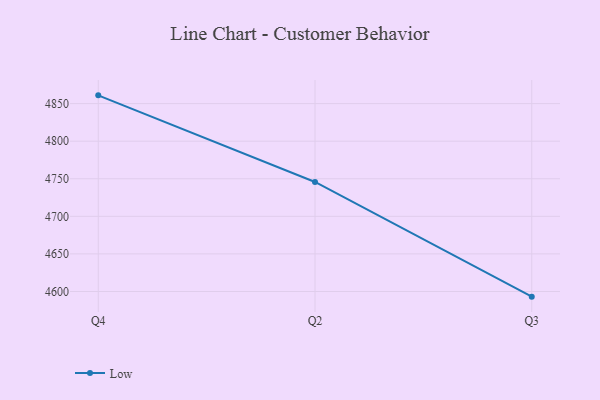
{"axis": {"x": "Quarter", "y": "Production Output"}, "legend": ["Low"], "data": [{"x": "Q4", "y": 4861.0, "type": "Low"}, {"x": "Q2", "y": 4745.7, "type": "Low"}, {"x": "Q3", "y": 4593.1, "type": "Low"}]}